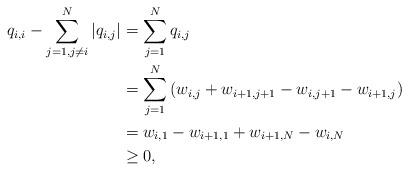
LaTeX: \begin{align*}q_{i,i}-\sum_{j=1,j\neq i}^{N}| q_{i,j} | &= \sum_{j=1}^{N}q_{i,j} \\& = \sum_{j=1}^{N}\left( w_{i,j}+w_{i+1,j+1}-w_{i,j+1}-w_{i+1,j} \right) \\ &= w_{i,1}-w_{i+1,1}+w_{i+1,N}-w_{i,N}\\&\geq 0, \end{align*}